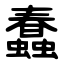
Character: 蠢